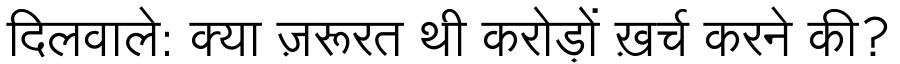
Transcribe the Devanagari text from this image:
दिलवाले: क्या ज़रूरत थी करोड़ों ख़र्च करने की?